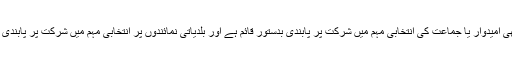
الیکشن کمیشن کے مطابق بلدیاتی نمائندوں پر کسی بھی امیدوار یا جماعت کی انتخابی مہم میں شرکت پر پابندی بدستور قائم ہے اور بلدیاتی نمائندوں پر انتخابی مہم میں شرکت پر پابندی ضابطہ اخلاق کے پیرا 18 کے تحت لگائی گئی ہے۔